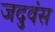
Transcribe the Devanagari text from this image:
जदुवंस